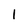
Character: 1